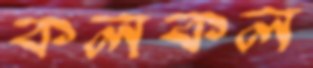
কলকল